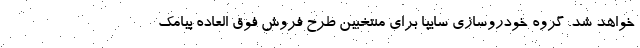
خواهد شد. گروه خودروسازي سايپا براي منتخبين طرح فروش فوق العاده پيامك